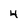
Character: 4